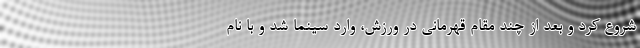
شروع کرد و بعد از چند مقام قهرمانی در ورزش، وارد سینما شد و با نام